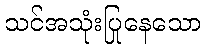
သင်အသုံးပြုနေသော